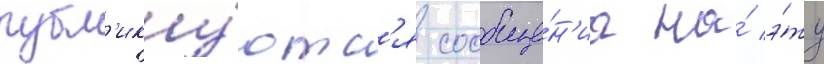
публ'ику́ютс'я сообще́н'иа на́ э́ту